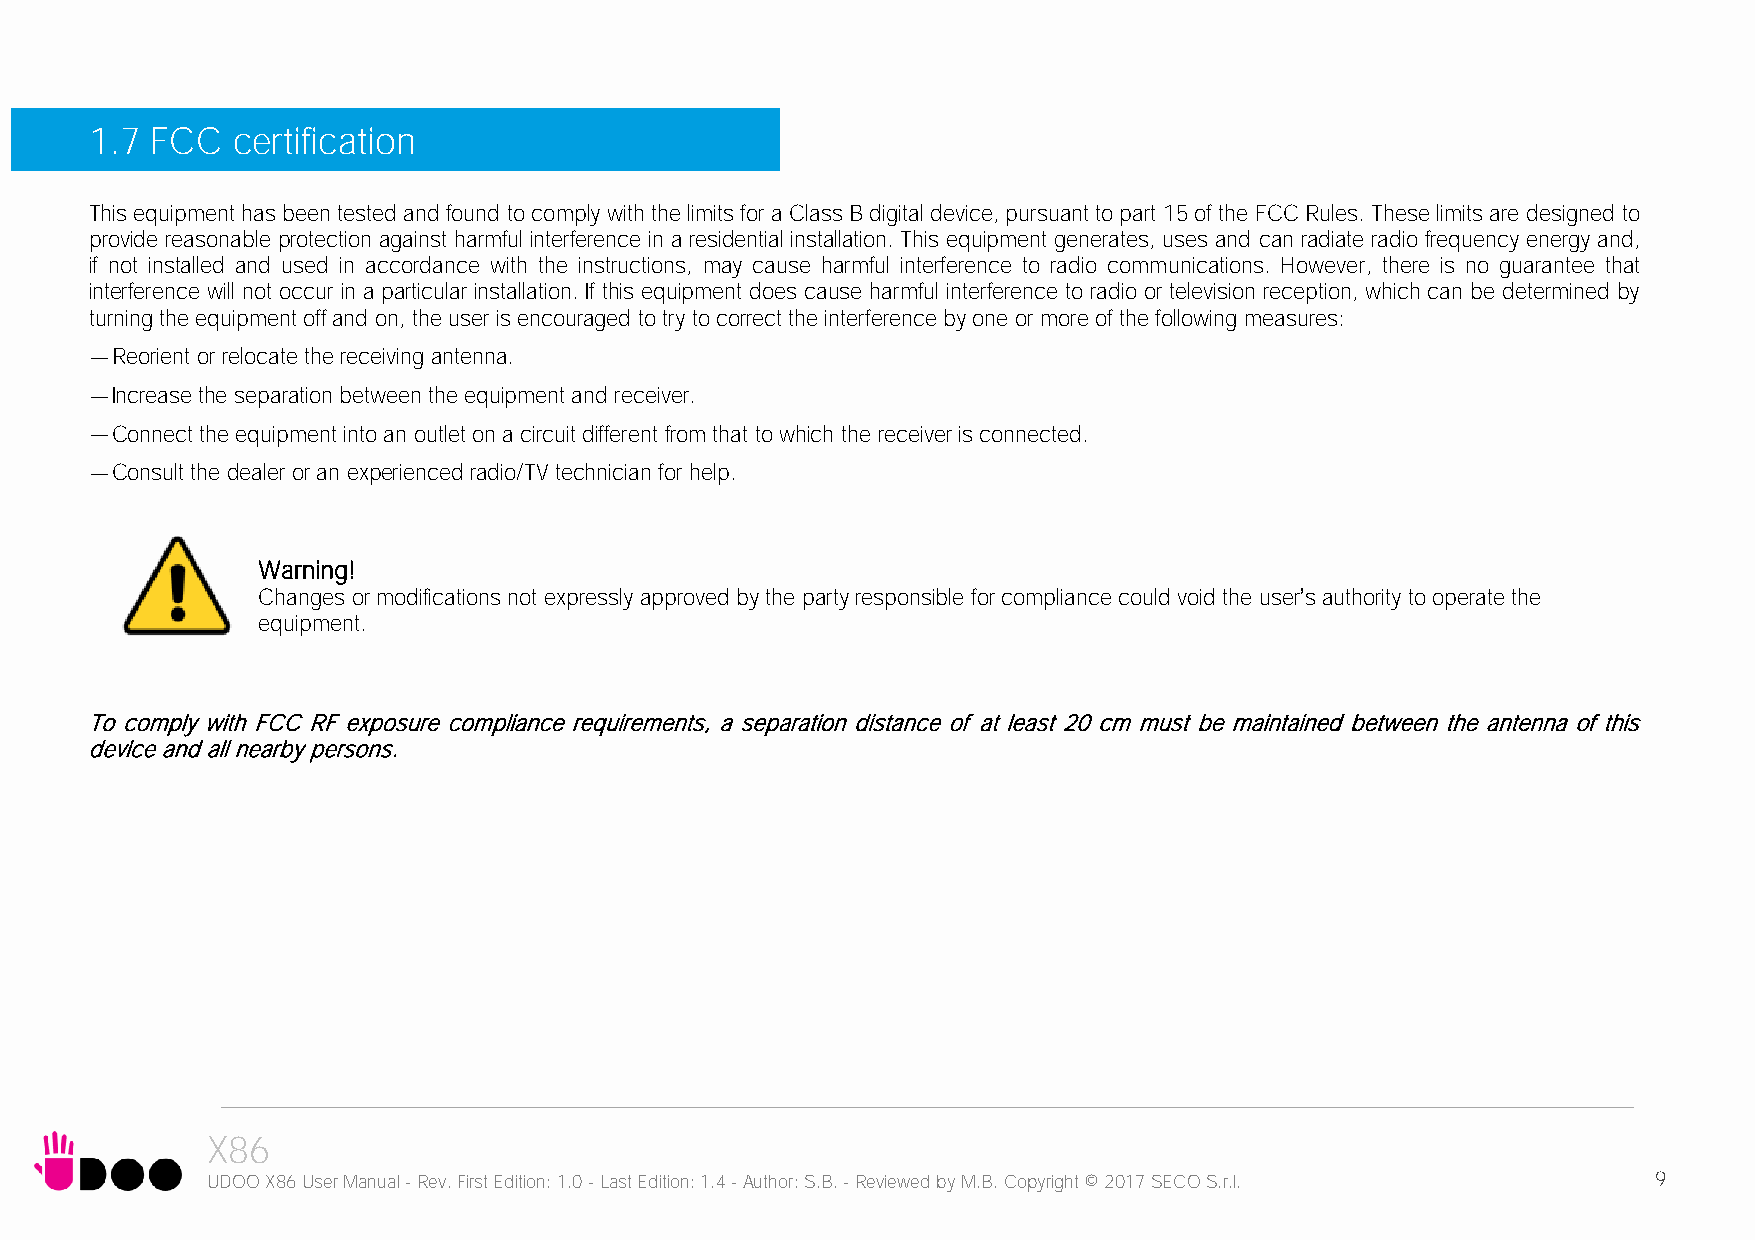
1.7 FCC  certification
 This equipment has been tested and found to comply with the limits for a Class B digital device, pursuant to part 15 of the FCC Rules. These limits are designed to
 provide reasonable protection against harmful interference in a residential installation. This equipment generates, uses and can radiate radio frequency energy and,
 if not installed and used in accordance with the instructions, may cause harmful interference to radio communications. However, there is no guarantee that
 interference will not occur in a particular installation. If this equipment does cause harmful interference to radio or television reception, which can be determined by
 turning the equipment off and on, the user is encouraged to try to correct the interference by one or more of the following measures:
 Reorient or relocate the receiving antenna.
 Increase the separation between the equipment and receiver.
 Connect the equipment into an outlet on a circuit different from that to which the receiver is connected.
 Consult the dealer or an experienced radio/TV technician for help.
 Warning!
 Changes or modifications not expressly approved by the party responsible for compliance could void the user’s authority to operate the
 equipment.
 To comply with FCC RF exposure compliance requirements, a separation distance of at least 20 cm must be maintained between the antenna of this
 device and all nearby persons.
 X86
 UDOO X86 User Manual - Rev. First Edition: 1.0 - Last Edition: 1.4 - Author: S.B. - Reviewed by M.B. Copyright © 2017 SECO S.r.l. 9